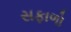
સફાળો